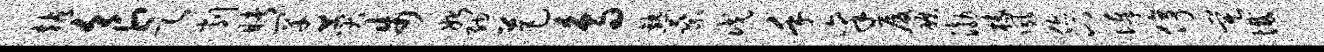
站食乞削睹罕赞步始纳芭鸟熟乘戊手禀厦碾渤椽夙您八俸停莫憾